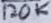
Text: 120K